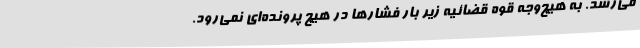
می‌رسد. به هیچ‌وجه قوه قضائیه زیر بار فشارها در هیچ پرونده‌ای نمی‌رود.